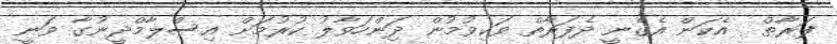
ފަރާތް  އެކަން އެގެނީ ދެފަރާތް ވަކިވުމުން ދަިންހަވާލު ކުރުމަށް އިސްލާމްދީނުގާ ވަނީ